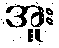
အူး